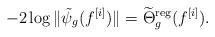
LaTeX: \begin{align*}- 2 \log \| \tilde{\psi}_g( f^{[i]} )\| = \widetilde{\Theta}^\mathrm{reg}_g(f^{[i]}) .\end{align*}